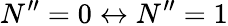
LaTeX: N^{\prime\prime}=0\leftrightarrow N^{\prime\prime}=1